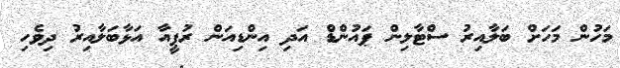
މަހުން މަހަށް ބަލާއިރު ސްޓާލިން ޕައުންޑް އަދި އިންޑިއަން ރުޕީއާ އަޅާބަލާއިރު ދިވެހި